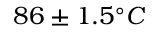
8 6 \pm 1 . 5 ^ { \circ } C